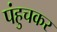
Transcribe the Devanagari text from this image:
पंहुचकर